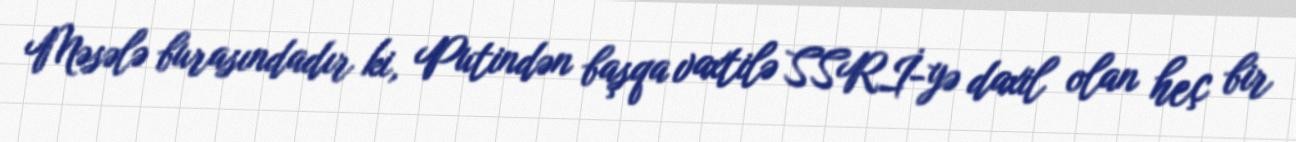
Məsələ burasındadır ki, Putindən başqa vaxtilə SSRİ-yə daxil olan heç bir